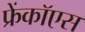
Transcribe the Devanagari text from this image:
फ्रेंकॉएस